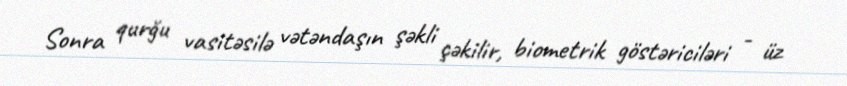
Sonra qurğu vasitəsilə vətəndaşın şəkli çəkilir, biometrik göstəriciləri - üz